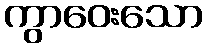
ကွာဝေးသော